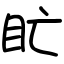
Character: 盳